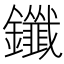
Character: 鑯